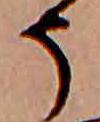
そ